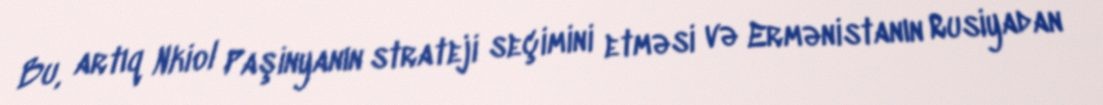
Bu, artıq Nkiol Paşinyanın strateji seçimini etməsi və Ermənistanın Rusiyadan